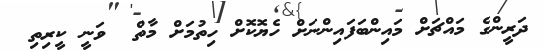
ދަރީންގެ މައްޗަށް މައިންބަފައިންނަށް ހެޔޮކޮށް ހިތުމަށް މާތް  ވަނީ ކީރިތި